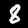
Digit: 8